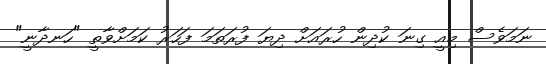
ނަމަވެސް މިއީ ގިނަ ކުދިން ހުރައަށް ދިޔަ ފުރަތަމަ ފަހަރު ކަމަށްވާތީ "ހަނދާނީ"